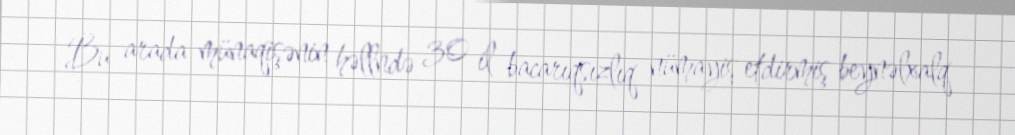
Bu arada münaqişənin həllndə 30 il bacarıqsızlıq nümayiş etdirmiş beynəlxalq